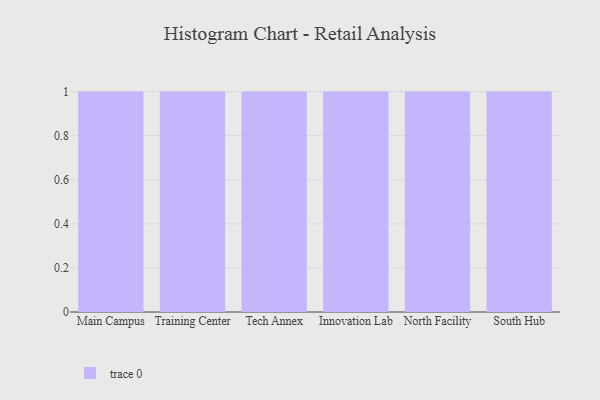
{"axis": {"x": "Campus", "y": "Population (Million)"}, "legend": [""], "data": [{"x": "Main Campus", "y": 64, "type": ""}, {"x": "Training Center", "y": 86, "type": ""}, {"x": "Tech Annex", "y": 99, "type": ""}, {"x": "Innovation Lab", "y": 99, "type": ""}, {"x": "North Facility", "y": 38, "type": ""}, {"x": "South Hub", "y": 55, "type": ""}]}